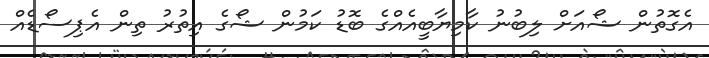
އެގޮތުން ޝޯއަށް ލިބުނު ކާމިޔާބީއެއްގެ ބޮޑު ކަމުން ޝޯގެ އިތުރު ތިން އެޕިސޯޑެއް